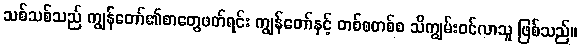
သစ်သစ်သည် ကျွန်တော်၏စာတွေဖတ်ရင်း ကျွန်တော်နှင့် တစ်စတစ်စ သိကျွမ်းဝင်လာသူ ဖြစ်သည်။